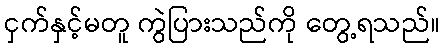
ငှက်နှင့်မတူ ကွဲပြားသည်ကို တွေ့ရသည်။